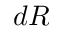
d R